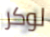
لوكر